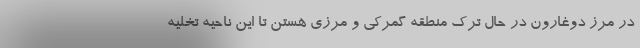
در مرز دوغارون در حال ترک منطقه گمرکی و مرزی هستن تا این ناحیه تخلیه